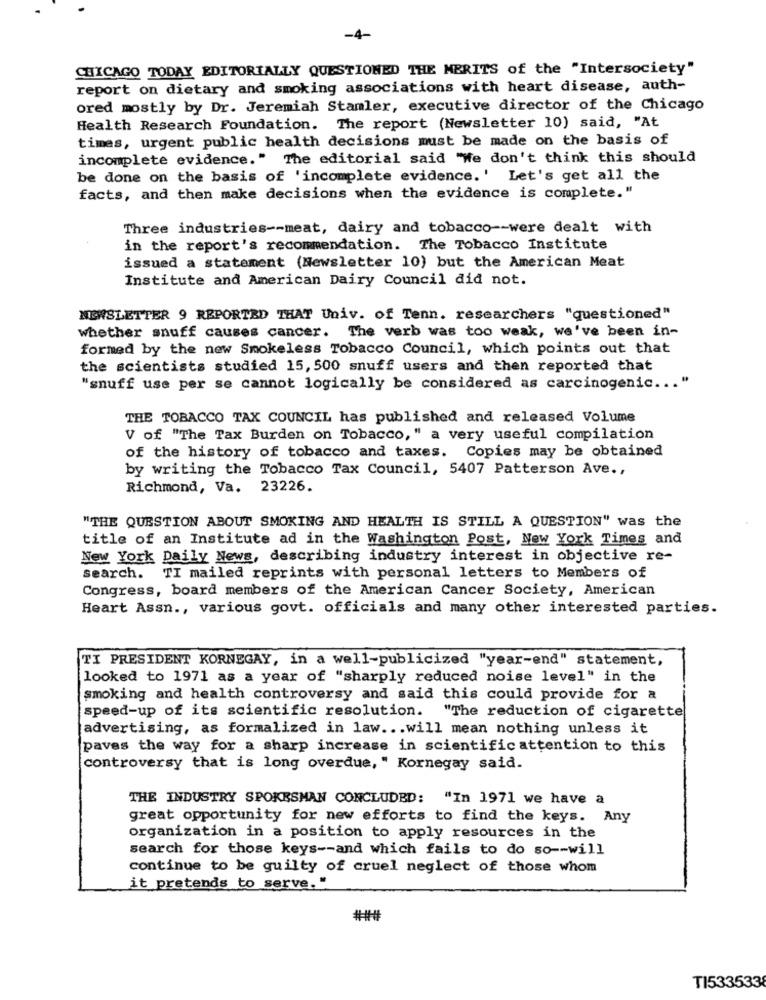
-4-
CHICAGO TODAY EDITORIALLY QUESTIONED THE MERITS of the "Intersociety"
report on dietary and smoking associations with heart disease, auth-
ored mostly by Dr. Jeremiah Stamler, executive director of the Chicago
Health Research Foundation. The report (Newsletter 10) said, "At
times, urgent public health decisions must be made on the basis of
incomplete evidence." The editorial said "We don't think this should
be done on the basis of 'incomplete evidence.' Let's get all the
facts, and then make decisions when the evidence is complete."
Three industries -- meat, dairy and tobacco -- were dealt with
in the report's recommendation. The Tobacco Institute
issued a statement (Newsletter 10) but the American Meat
Institute and American Dairy Council did not.
NEWSLETTER 9 REPORTED THAT Univ. of Tenn. researchers "questioned"
whether snuff causes cancer. The verb was too weak, we've been in-
formed by the new Smokeless Tobacco Council, which points out that
the scientists studied 15, 500 snuff users and then reported that
"snuff use per se cannot logically be considered as carcinogenic ...
THE TOBACCO TAX COUNCIL has published and released Volume
V of "The Tax Burden on Tobacco," a very useful compilation
of the history of tobacco and taxes. Copies may be obtained
by writing the Tobacco Tax Council, 5407 Patterson Ave .,
Richmond, Va. 23226.
"THE QUESTION ABOUT SMOKING AND HEALTH IS STILL A QUESTION" was the
title of an Institute ad in the Washington Post, New York Times and
New York Daily News, describing industry interest in objective re-
search.
TI mailed reprints with personal letters to Members of
Congress, board members of the American Cancer Society, American
Heart Assn ., various govt. officials and many other interested parties.
TI PRESIDENT KORNEGAY, in a well-publicized "year-end" statement,
looked to 1971 as a year of "sharply reduced noise level" in the
smoking and health controversy and said this could provide for a
speed-up of its scientific resolution.
"The reduction of cigarette
advertising, as formalized in law ... will mean nothing unless it
paves the way for a sharp increase in scientific attention to this
controversy that is long overdue, " Kornegay said.
THE INDUSTRY SPOKESMAN CONCLUDED: "In 1971 we have a
great opportunity for new efforts to find the keys. Any
organization in a position to apply resources in the
search for those keys -- and which fails to do so -- will
continue to be guilty of cruel neglect of those whom
it pretends to serve. "
TI533533